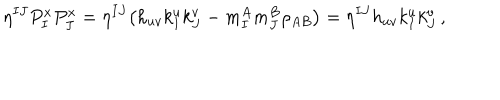
\eta ^ { I J } P _ { I } ^ { x } P _ { J } ^ { x } = \eta ^ { I J } \big ( h _ { u v } k _ { I } ^ { u } k _ { J } ^ { v } - m _ { I } ^ { A } m _ { J } ^ { B } \rho _ { A B } \big ) = \eta ^ { I J } h _ { u v } k _ { I } ^ { u } k _ { J } ^ { v } \, ,